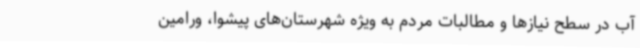
آب در سطح نیازها و مطالبات مردم به ویژه ‌شهرستان‌های پیشوا، ورامین